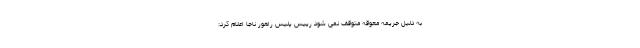
به دلیل جریمه معوقه متوقف نمی شود رییس پلیس راهور ناجا اعلام کرد:‌